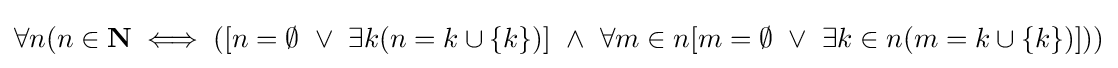
\forall n(n\in \mathbf {N} \iff ([n=\emptyset \,\,\lor \,\,\exists k(n=k\cup \{k\})]\,\,\land \,\,\forall m\in n[m=\emptyset \,\,\lor \,\,\exists k\in n(m=k\cup \{k\})]))